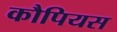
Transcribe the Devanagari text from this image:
कौपियस